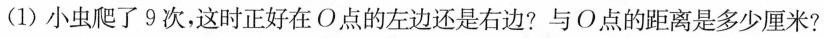
(1)小虫爬了9次，这时正好在O点的左边还是右边?与O点的距离是多少厘米?